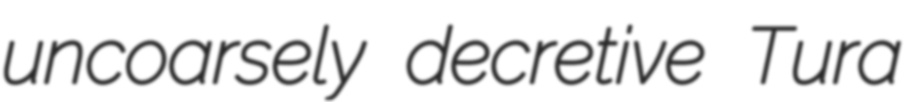
uncoarsely decretive Tura